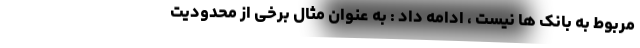
مربوط به بانک ها نیست ، ادامه داد : به عنوان مثال برخی از محدودیت